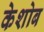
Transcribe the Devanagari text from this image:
केशोब